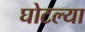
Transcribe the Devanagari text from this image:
घोटल्या